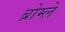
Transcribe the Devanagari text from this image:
ब्रोम्ले